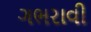
ગભરાવી